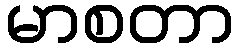
မာစတာ